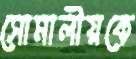
সোমালীয়কে